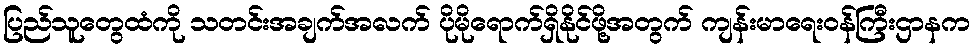
ပြည်သူတွေထံကို သတင်းအချက်အလက် ပိုမိုရောက်ရှိနိုင်ဖို့အတွက် ကျန်းမာရေးဝန်ကြီးဌာနက